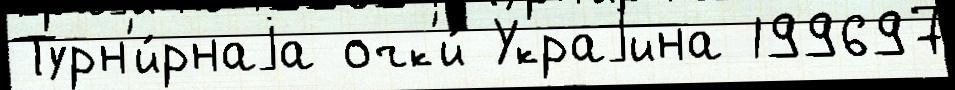
Турн'и́рнаjа очк'и́ Украjина 199697